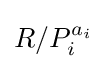
R/P_{i}^{a_{i}}